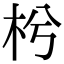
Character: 枍